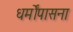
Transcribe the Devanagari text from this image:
धर्मोंपासना